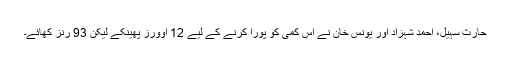
حارث سہیل، احمد شہزاد اور یونس خان نے اس کمی کو پورا کرنے کے لیے 12 اوورز پھینکے لیکن 93 رنز کھائے۔